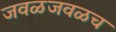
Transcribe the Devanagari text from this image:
जवळजवळच